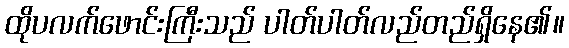
ထိုပလက်ဖောင်းကြီးသည် ပါတ်ပါတ်လည်တည်ရှိနေ၏။